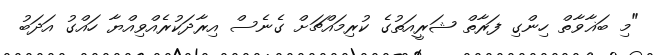
"މި ބަޣާވާތް ހިންގި ފަރާތް ޝަރީއަތުގެ ކުރިމައްޗަށް ގެނެސް އިރާދަކުރެއްވިއްޔާ ހައްގު އަދަބު